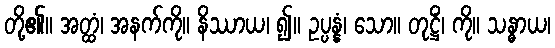
တို့၏။ အတ္ထံ၊ အနက်ကို။ နိဿာယ၊ ၍။ ဥပ္ပန္နံ၊ သော။ တုဋ္ဌိံ၊ ကို။ သန္ဓာယ၊